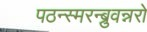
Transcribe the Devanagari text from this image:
पठन्स्मरन्ब्रुवन्नरो